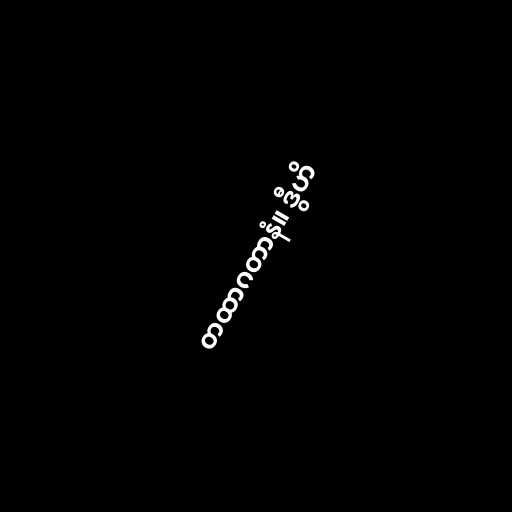
တထာဂတာနံ။ ဒွီဟိ